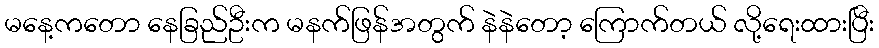
မနေ့ကတော နေခြည်ဦးက မနက်ဖြန်အတွက် နဲနဲတော့ ကြောက်တယ် လို့ရေးထားပြီး